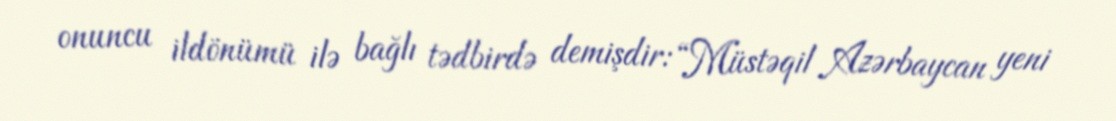
onuncu ildönümü ilə bağlı tədbirdə demişdir: “Müstəqil Azərbaycan yeni